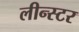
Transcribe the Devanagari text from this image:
लीन्स्टर